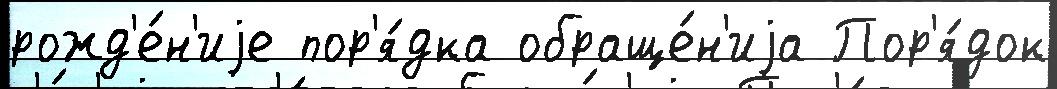
рожд'е́н'иjе пор'я́дка обраще́н'иjа Пор'я́док